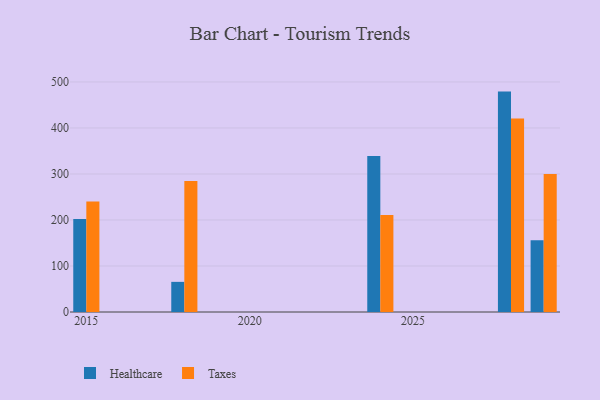
{"axis": {"x": "Year", "y": "Churn Rate (%)"}, "legend": ["Healthcare", "Taxes"], "data": [{"x": "2024", "y": 339.2, "type": "Healthcare"}, {"x": "2024", "y": 210.8, "type": "Taxes"}, {"x": "2028", "y": 479.0, "type": "Healthcare"}, {"x": "2028", "y": 420.5, "type": "Taxes"}, {"x": "2029", "y": 155.8, "type": "Healthcare"}, {"x": "2029", "y": 299.7, "type": "Taxes"}, {"x": "2018", "y": 65.5, "type": "Healthcare"}, {"x": "2018", "y": 284.9, "type": "Taxes"}, {"x": "2015", "y": 201.9, "type": "Healthcare"}, {"x": "2015", "y": 240.2, "type": "Taxes"}]}